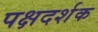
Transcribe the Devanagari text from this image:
पक्षदर्शक